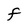
Character: f